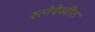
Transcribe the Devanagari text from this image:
रत्‍नेदेखील